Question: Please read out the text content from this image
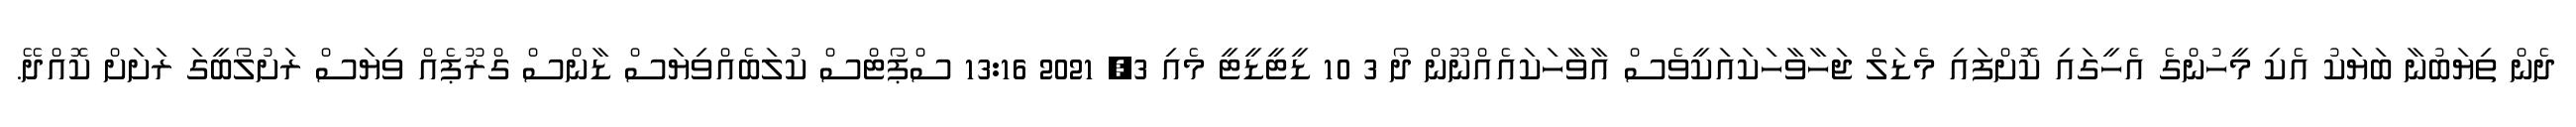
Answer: ދެން ތިޔަބުނާ ބަޔަކު އެކި މީހުންގެ އެހީގައި ކޮށްފައި މެޑަލް ޖަހާވާހަކައަކީވެސް އާވާހަކައެއްނޫން ދޯ 3 10 ޑީޓީޑީޓީ މެއި 3, 2021 13:16 ސްޕޯޓްސް ކުލަބެއްވިޔަސް ޑާންސް ގްރޫޕެއް ވިޔަސް ރަށުލޯބީގަ ރަށަށް ކޮއްދޭ.